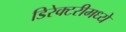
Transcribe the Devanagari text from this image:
डिरेक्टरीमध्ये